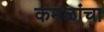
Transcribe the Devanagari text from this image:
कमळांचा